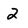
Character: 2